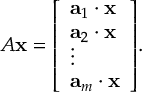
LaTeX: A \mathbf { x } = { \left[ \begin{array} { l } { \mathbf { a } _ { 1 } \cdot \mathbf { x } } \\ { \mathbf { a } _ { 2 } \cdot \mathbf { x } } \\ { \vdots } \\ { \mathbf { a } _ { m } \cdot \mathbf { x } } \end{array} \right] } .